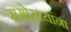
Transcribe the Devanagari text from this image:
समोरच्यांना